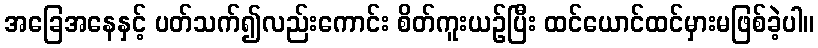
အခြေအနေနှင့် ပတ်သက်၍လည်းကောင်း စိတ်ကူးယဉ်ပြီး ထင်ယောင်ထင်မှားမဖြစ်ခဲ့ပါ။